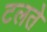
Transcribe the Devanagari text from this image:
टलते